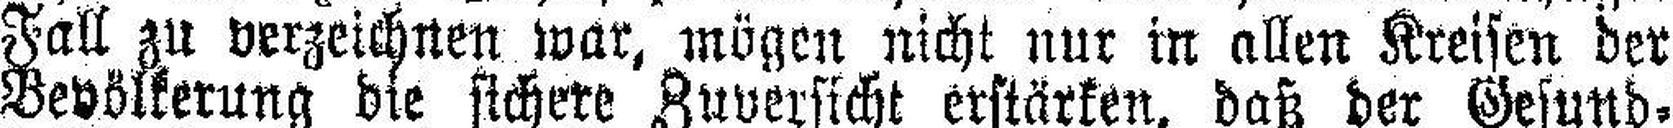
Fall zu verzeichnen war, mögen nicht nur in allen Kreisen der